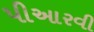
પીઆરવી